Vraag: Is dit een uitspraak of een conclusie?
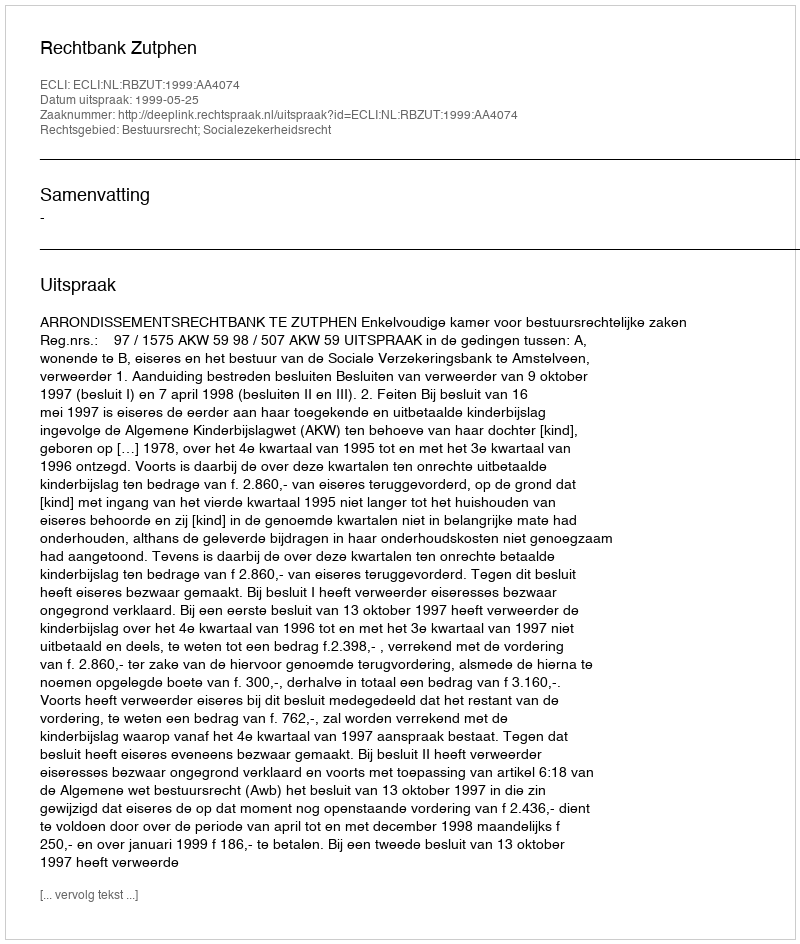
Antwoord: Uitspraak